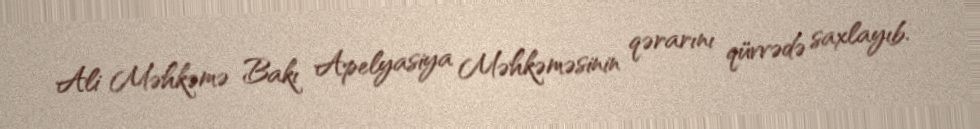
Ali Məhkəmə Bakı Apelyasiya Məhkəməsinin qərarını qüvvədə saxlayıb.